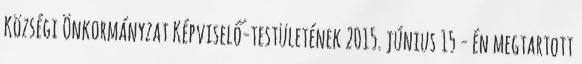
Községi Önkormányzat Képviselő-testületének 2015. június 15 - én megtartott